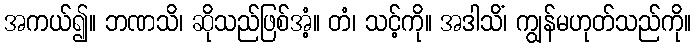
အကယ်၍။ ဘဏသိ၊ ဆိုသည်ဖြစ်အံ့။ တံ၊ သင့်ကို။ အဒါသိံ၊ ကျွန်မဟုတ်သည်ကို။